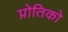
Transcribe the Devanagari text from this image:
प्रोतिको